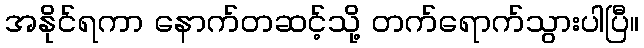
အနိုင်ရကာ နောက်တဆင့်သို့ တက်ရောက်သွားပါပြီ။